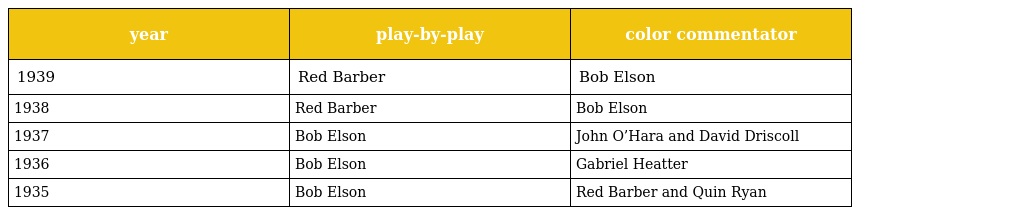
| year | play-by-play | color commentator |
 | --- | --- | --- |
 | 1939 | Red Barber | Bob Elson |
 | 1938 | Red Barber | Bob Elson |
 | 1937 | Bob Elson | John O’Hara and David Driscoll |
 | 1936 | Bob Elson | Gabriel Heatter |
 | 1935 | Bob Elson | Red Barber and Quin Ryan |